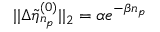
| | \Delta \tilde { \eta } _ { n _ { p } } ^ { ( 0 ) } | | _ { 2 } = \alpha e ^ { - \beta n _ { p } }